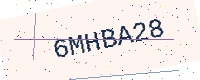
Text: 6MHBA28